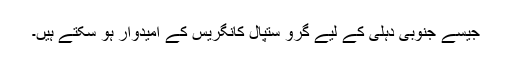
جیسے جنوبی دہلی کے لیے گُرو ستپال کانگریس کے امیدوار ہو سکتے ہیں۔